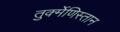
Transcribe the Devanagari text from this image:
तुर्क्मेणिस्तान